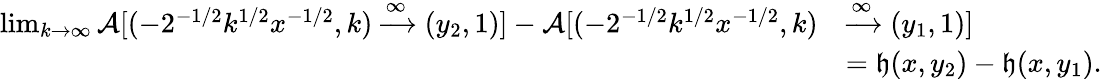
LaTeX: \begin{array}{rl}{\operatorname*{lim}_{k\to\infty}\mathcal{A}[(-2^{-1/2}k^{1/2}x^{-1/2},k)\xrightarrow{\infty}(y_{2},1)]-\mathcal{A}[(-2^{-1/2}k^{1/2}x^{-1/2},k)}&{\xrightarrow{\infty}(y_{1},1)]}\\ &{=\mathfrak{h}(x,y_{2})-\mathfrak{h}(x,y_{1}).}\end{array}